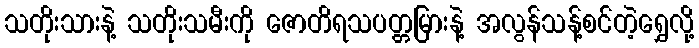
သတိုးသားနဲ့ သတိုးသမီးကို ဇောတိရသပတ္တမြားနဲ့ အလွန်သန့်စင်တဲ့ရွှေလို့